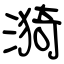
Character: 漪